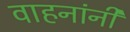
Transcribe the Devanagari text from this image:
वाहनांनी